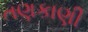
તણકાણી